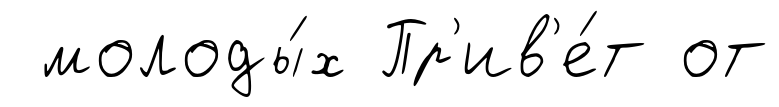
молоды́х Пр'ив'е́т от